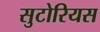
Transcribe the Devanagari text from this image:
सुटोरियस